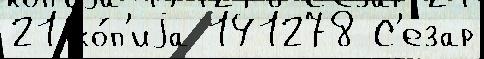
21 ко́п'иjа 141278 С'езар